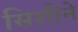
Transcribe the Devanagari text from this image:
सिशीने